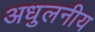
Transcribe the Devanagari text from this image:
अधुलनीय